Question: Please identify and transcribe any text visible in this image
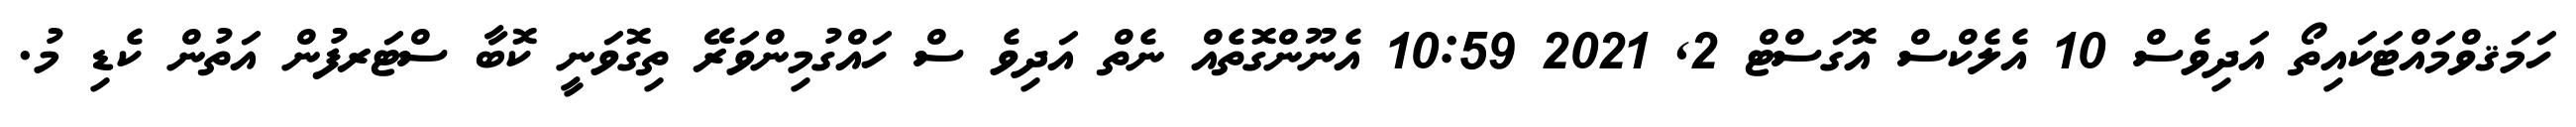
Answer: ހަމަޤވްމައްޓަކައިތޯ އަދިވެސް 10 އެލެކްސް އޮގަސްޓް 2, 2021 10:59 އެނޫންގޮތެއް ނެތް އަދިވެ ސް ހައްގުމިންވަރޭ ތިގޮވަނީ ކޮބާ ސްޓަރފުން އަތުން ކެޑި މު.